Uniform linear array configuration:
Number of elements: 24
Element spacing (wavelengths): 1
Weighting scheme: blackman
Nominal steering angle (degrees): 15
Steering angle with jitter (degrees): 16.385
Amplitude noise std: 0.05
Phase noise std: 0.05

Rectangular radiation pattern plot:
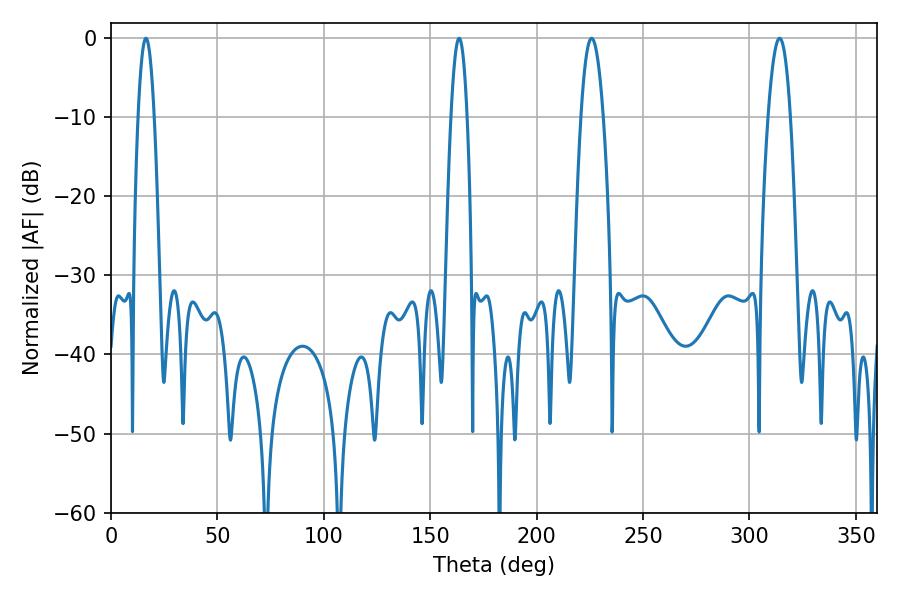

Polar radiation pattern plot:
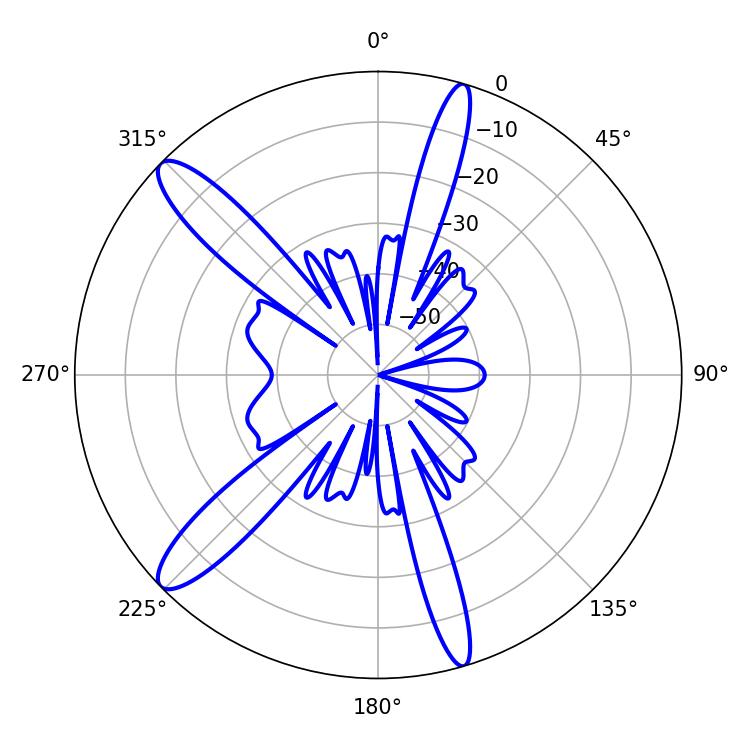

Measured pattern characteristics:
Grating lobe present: TRUE
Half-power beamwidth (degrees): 4.14
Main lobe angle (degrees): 16.38